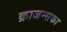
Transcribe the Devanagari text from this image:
क्राजन्सका